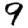
Digit: 9